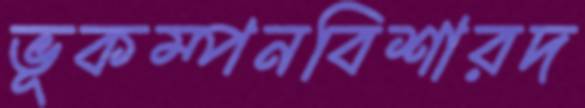
ভূকম্পনবিশারদ